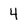
Character: 4